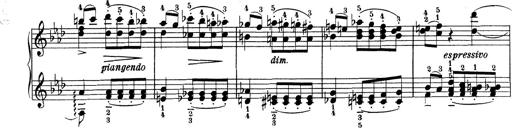
Title: Variationen Ã¼ber das Motiv von Bach
Composer: Franz Liszt